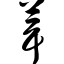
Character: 葺